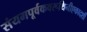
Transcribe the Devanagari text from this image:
संयमपूर्वकवरूथिनीएकादशी